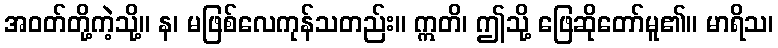
အဝတ်တို့ကဲ့သို့။ န၊ မဖြစ်လေကုန်သတည်း။ ဣတိ၊ ဤသို့ ဖြေဆိုတော်မူ၏။ မာရိသ၊